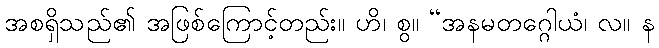
အစရှိသည်၏ အဖြစ်ကြောင့်တည်း။ ဟိ၊ စွ။ “အနမတဂ္ဂေါယံ၊ လ။ န